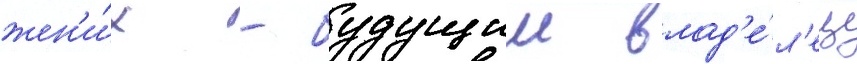
жен'и́х - будущии влад'е́л'ец